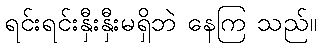
ရင်းရင်းနှီးနှီးမရှိဘဲ နေကြ သည်။